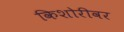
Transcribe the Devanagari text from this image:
किशोरीवर